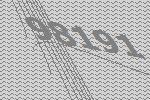
98191